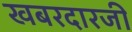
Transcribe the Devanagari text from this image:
खबरदारजी